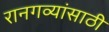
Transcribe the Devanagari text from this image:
रानगव्यांसाठी